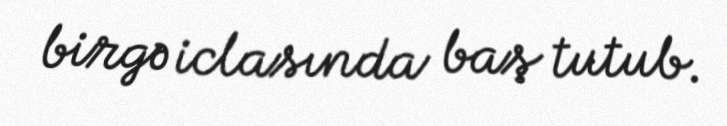
birgə iclasında baş tutub.